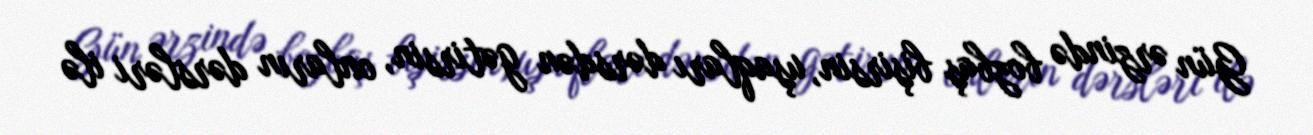
Gün ərzində bozbaş bişirsin, uşaqları dərsdən gətirsin, onların dərsləri ilə